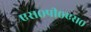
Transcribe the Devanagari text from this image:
एस०पी०एस०